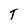
Character: T